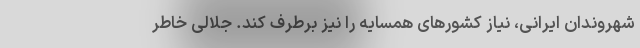
شهروندان ایرانی، نیاز کشورهای همسایه را نیز برطرف کند. جلالی خاطر